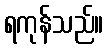
ရကုန်သည်။